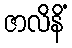
ဇာလိနိံ